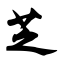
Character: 芝